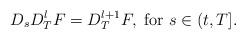
LaTeX: \begin{align*}D_{s}D_{T}^{l}F=D_{T}^{l+1}F,~\mbox{for}~s\in (t,T].\end{align*}